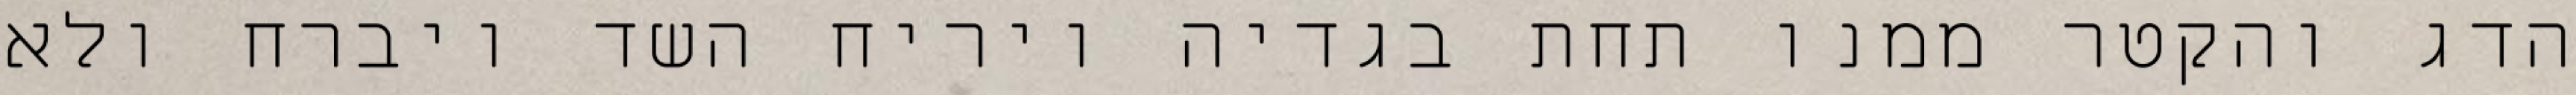
הדג והקטר ממנו תחת בגדיה ויריח השד ויברח ולא